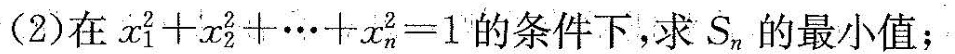
(2)在$$x _ { 1 } ^ { 2 } + x _ { 2 } ^ { 2 } + … + x _ { n } ^ { 2 } = 1$$的条件下，求S_{n}的最小值；